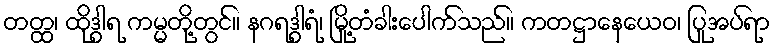
တတ္ထ၊ ထိုဒွါရ ကမ္မတို့တွင်။ နဂရဒွါရံ၊ မြို့တံခါးပေါက်သည်။ ကတဋ္ဌာနေယေဝ၊ ပြုအပ်ရာ